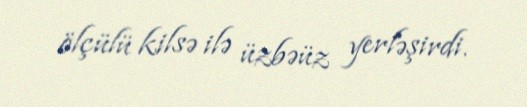
ölçülü kilsə ilə üzbəüz yerləşirdi.